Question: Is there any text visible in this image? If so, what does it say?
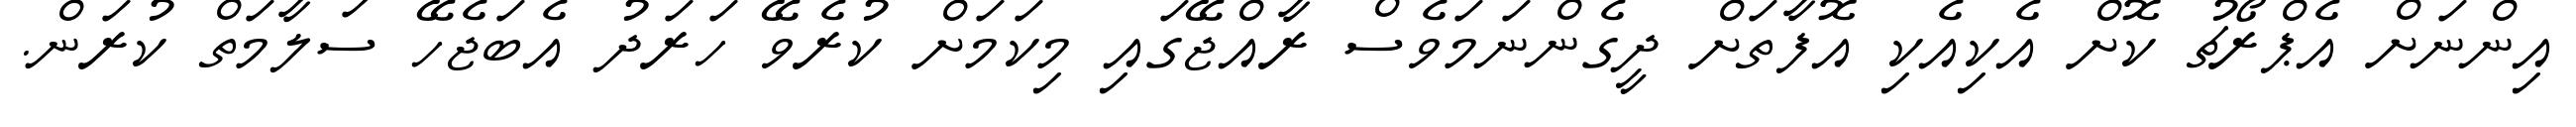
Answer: އިންނަށް އެޕްރޯޗު ކޮށް އެކިއެކި އޮފާތަށް ދީގެންނަމަވެސް ރާއްޖޭގައި މިކަމަށް ކުރެވޭ ހަރަދު އެބަޖެހޭ ސަލާމަތް ކުރަން.